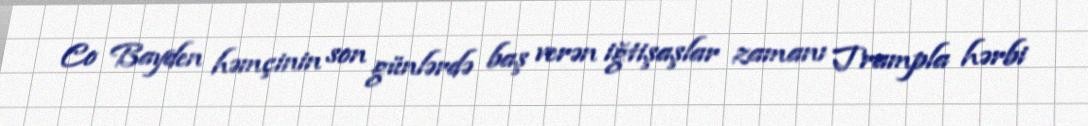
Co Bayden həmçinin son günlərdə baş verən iğtişaşlar zamanı Trampla hərbi